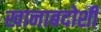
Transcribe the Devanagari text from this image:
खानाबदोशी